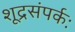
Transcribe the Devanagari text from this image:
शूद्रसंपर्कः